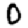
Digit: 0